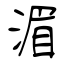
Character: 湄